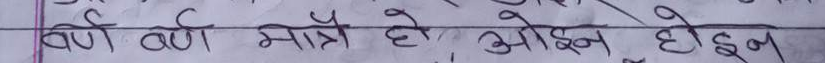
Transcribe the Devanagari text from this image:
वणी वणी मात्रै हो ओइन होइन